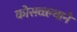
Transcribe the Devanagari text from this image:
कोसळ्ल्याने